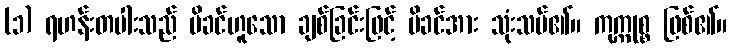
(၁) ရဟန်းတပါးသည် မိခင်ဟူသော ချစ်ခြင်းဖြင့် မိခင်အား သုံးသပ်၏။ ကုက္ကုစ္စ ဖြစ်၏။